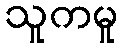
သူကမူ